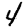
Digit: 4